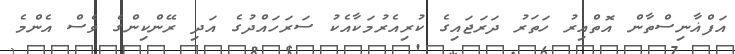
އަފްޣާނިސްތާން އޮތްއިރު ހަތަރު ދަރަޖައިގެ ކުރިއެރުމަކާއެކު ސަރަހައްދުގެ އަދި ރޭންކިންގެ ވެސް އެންމެ